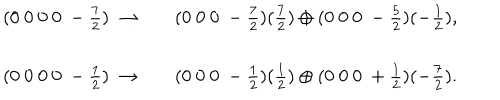
\begin{array} { c c c } { { ( 0 ~ 0 ~ 0 ~ 0 ~ - \frac { 7 } { 2 } ) ~ \rightarrow } } & { { } } & { { ( 0 ~ 0 ~ 0 ~ - \frac { 7 } { 2 } ) ( \frac { 7 } { 2 } ) \oplus ( 0 ~ 0 ~ 0 ~ - \frac { 5 } { 2 } ) ( - \frac { 1 } { 2 } ) , } } \\ { { ( 0 ~ 0 ~ 0 ~ 0 ~ - \frac { 1 } { 2 } ) ~ \rightarrow } } & { { } } & { { ( 0 ~ 0 ~ 0 ~ - \frac { 1 } { 2 } ) ( \frac { 1 } { 2 } ) \oplus ( 0 ~ 0 ~ 0 ~ + \frac { 1 } { 2 } ) ( - \frac { 7 } { 2 } ) . } } \\ \end{array}